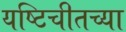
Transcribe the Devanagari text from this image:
यष्टिचीतच्या